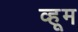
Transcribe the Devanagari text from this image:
व्हूम